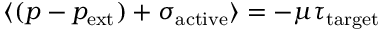
\langle ( p - p _ { \mathrm { e x t } } ) + \sigma _ { \mathrm { a c t i v e } } \rangle = - \mu { \tau } _ { \mathrm { t a r g e t } }